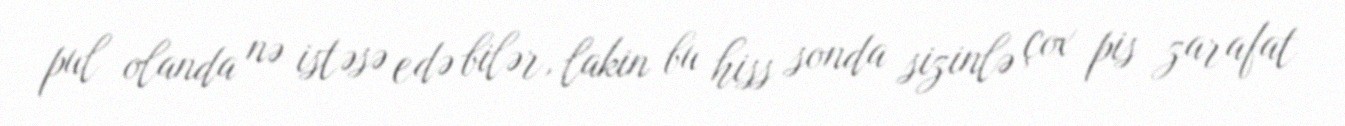
pul olanda nə istəsə edə bilər, lakin bu hiss sonda sizinlə çox pis zarafat